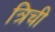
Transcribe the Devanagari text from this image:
त्रिची